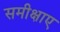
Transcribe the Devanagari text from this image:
समीक्षाए